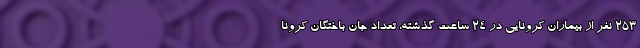
۲۵۳ نفر از بیماران کرونایی در ۲۴ ساعت گذشته، تعداد جان باختگان کرونا